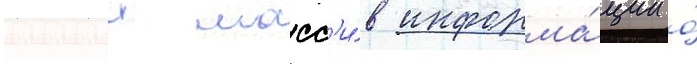
Полныи масс'и́в информа́ции о́